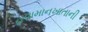
હવામાનખાતાની